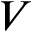
V